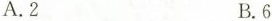
A. 2 B. 6